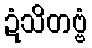
ဍံသိတဗ္ဗံ